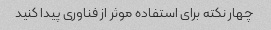
چهار نکته برای استفاده موثر از فناوری پیدا کنید